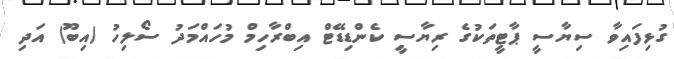
ގުޅިފައިވާ ސިޔާސީ ޕާޓީތަކުގެ ރިޔާސީ ކެންޑިޑޭޓް އިބްރާހިމް މުހައްމަދު ސޯލިހު (އިބޫ) އަދި